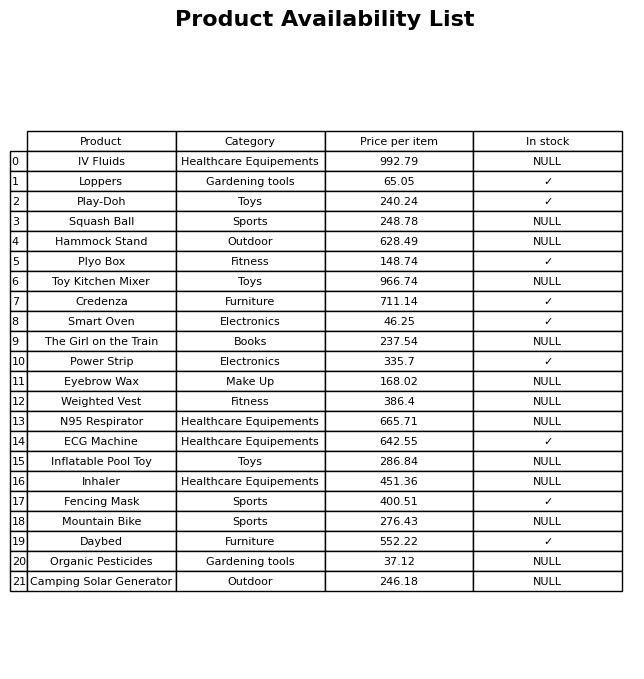
question: What is the stock status of the Organic Pesticides?
answer: NULL